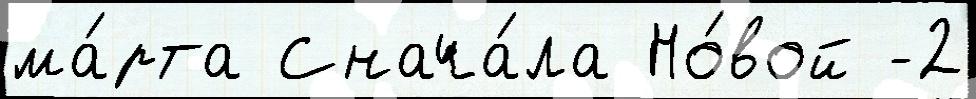
ма́рта Снача́ла Но́вой -2